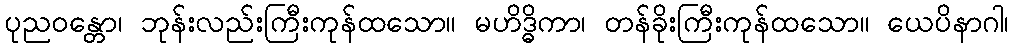
ပုညဝန္တော၊ ဘုန်းလည်းကြီးကုန်ထသော။ မဟိဒ္ဓိကာ၊ တန်ခိုးကြီးကုန်ထသော။ ယေပိနာဂါ၊